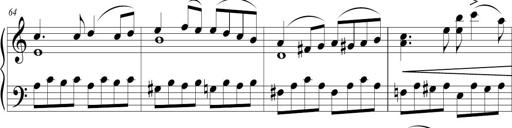
Title: Sonatina (Piano Sonata No.9)
Composer: Richard St. Clair